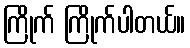
ကြိုက် ကြိုက်ပါတယ်။